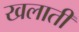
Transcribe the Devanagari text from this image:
खलाती